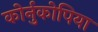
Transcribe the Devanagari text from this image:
कोर्नुकोपिया